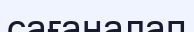
сағаналап